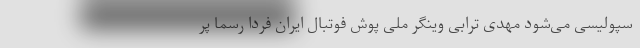
سپولیسی می‌شود مهدی ترابی وینگر ملی پوش فوتبال ایران فردا رسما پر